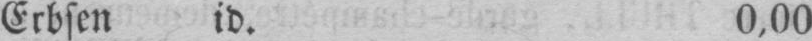
Erbsen id. 0,00